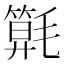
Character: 𣰖